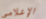
الإعلامي